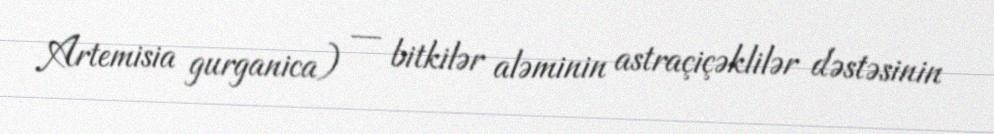
Artemisia gurganica) — bitkilər aləminin astraçiçəklilər dəstəsinin